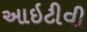
આઇટીવી